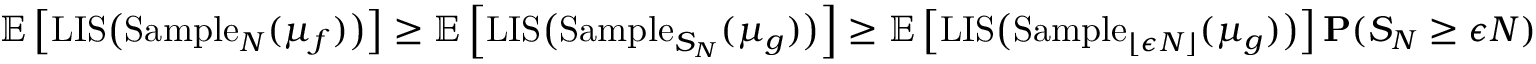
\mathbb { E } \left[ \mathrm { L I S } \big ( \mathrm { S a m p l e } _ { N } ( \mu _ { f } ) \big ) \right] \geq \mathbb { E } \left[ \mathrm { L I S } \big ( \mathrm { S a m p l e } _ { S _ { N } } ( \mu _ { g } ) \big ) \right] \geq \mathbb { E } \left[ \mathrm { L I S } \big ( \mathrm { S a m p l e } _ { \lfloor \epsilon N \rfloor } ( \mu _ { g } ) \big ) \right] \mathbf { P } ( S _ { N } \geq \epsilon N )